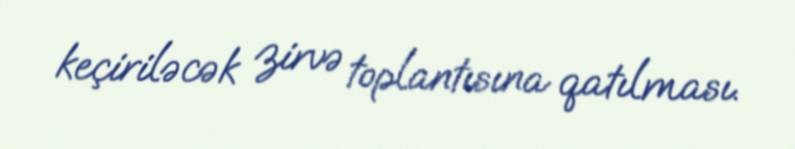
keçiriləcək zirvə toplantısına qatılması.